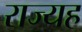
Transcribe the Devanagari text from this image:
राज्यह